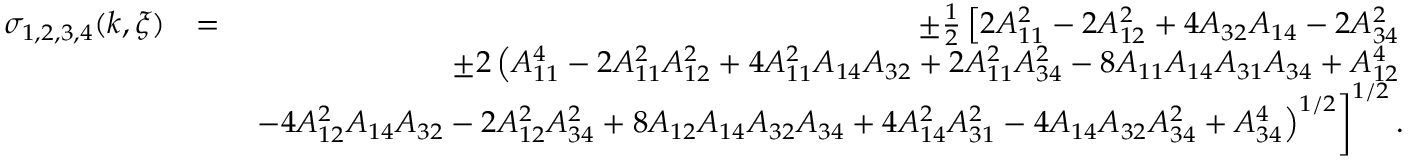
\begin{array} { r l r } { \sigma _ { 1 , 2 , 3 , 4 } ( k , \xi ) } & { = } & { \pm \frac { 1 } { 2 } \left[ 2 A _ { 1 1 } ^ { 2 } - 2 A _ { 1 2 } ^ { 2 } + 4 A _ { 3 2 } A _ { 1 4 } - 2 A _ { 3 4 } ^ { 2 } \right. } \\ & { } & { \pm 2 \left( A _ { 1 1 } ^ { 4 } - 2 A _ { 1 1 } ^ { 2 } A _ { 1 2 } ^ { 2 } + 4 A _ { 1 1 } ^ { 2 } A _ { 1 4 } A _ { 3 2 } + 2 A _ { 1 1 } ^ { 2 } A _ { 3 4 } ^ { 2 } - 8 A _ { 1 1 } A _ { 1 4 } A _ { 3 1 } A _ { 3 4 } + A _ { 1 2 } ^ { 4 } \right. } \\ & { } & { \left. \left. - 4 A _ { 1 2 } ^ { 2 } A _ { 1 4 } A _ { 3 2 } - 2 A _ { 1 2 } ^ { 2 } A _ { 3 4 } ^ { 2 } + 8 A _ { 1 2 } A _ { 1 4 } A _ { 3 2 } A _ { 3 4 } + 4 A _ { 1 4 } ^ { 2 } A _ { 3 1 } ^ { 2 } - 4 A _ { 1 4 } A _ { 3 2 } A _ { 3 4 } ^ { 2 } + A _ { 3 4 } ^ { 4 } \right) ^ { 1 / 2 } \right] ^ { 1 / 2 } . } \end{array}